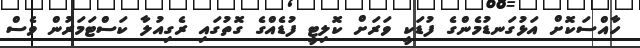
ހާއްސަކޮށް އަޅުގަނޑުމެންގެ ފުޑަކީ ވަރަށް ކޮލިޓީ ފުޑެއްގެ ގޮތުގައި ރެގިއުލާ ކަސްޓަމަރުން ވެސް